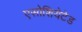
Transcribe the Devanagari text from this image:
एसोशियेटेड